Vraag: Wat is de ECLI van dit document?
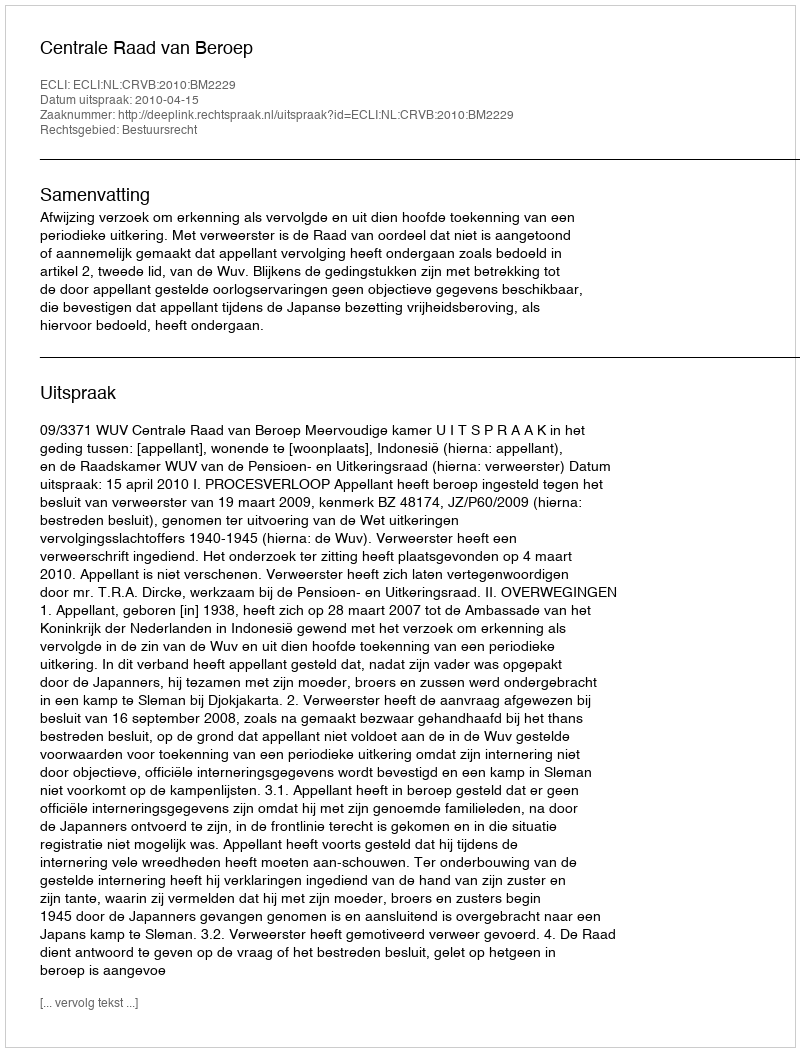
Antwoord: ECLI:NL:CRVB:2010:BM2229